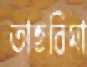
তাহরিমা